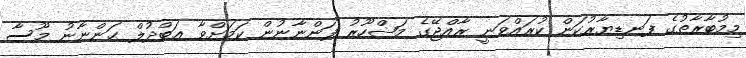
މިމުބާރާތުގެ ފަނޑިޔާރުކަން ކުރައްވަނީ ރާއްޖޭގެ މަޝްހޫރު ފަންނާނުން ކަމަށްވާ ޢަބްދުލް ޙަންނާނު މޫސާ